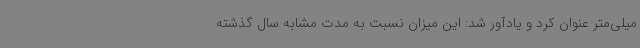
میلی‌متر عنوان کرد و یادآور شد: این میزان نسبت به مدت مشابه سال گذشته